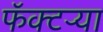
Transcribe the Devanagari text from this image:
फॅक्टऱ्या